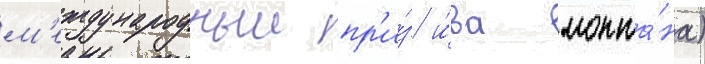
м'еждународныи пр'и́з и́ва монта́на)